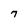
Character: 7